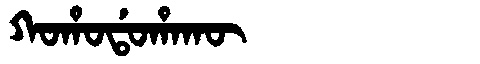
Manchu: ᡴᠣᡥᠣᡩᠣᡥᠠᡴᡡ
Romanization: KOHODOHAKŪ